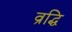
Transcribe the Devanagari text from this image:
व्रद्धि